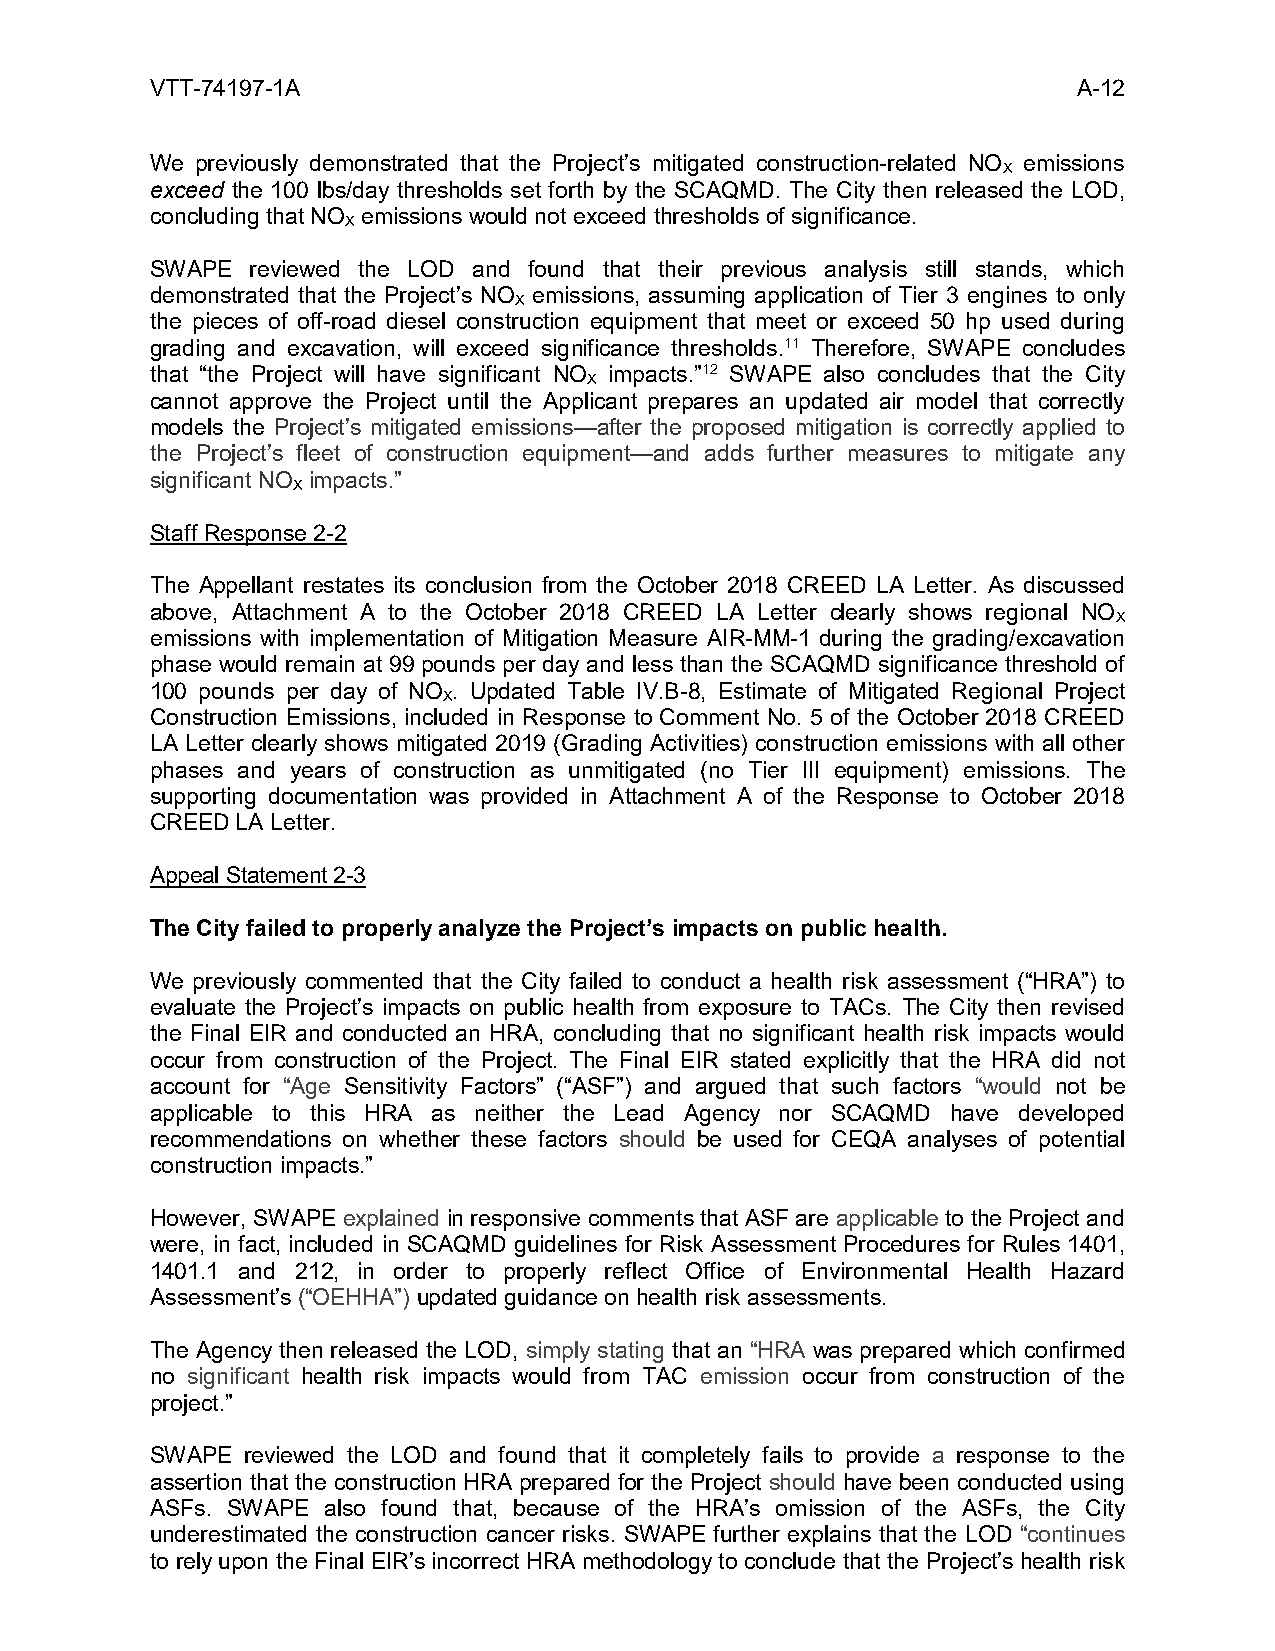
VTT-74197-1A                                                 A-12
 We previously demonstrated that the Project’s mitigated construction-related NO emissions
 X
 exceed the 100 lbs/day thresholds set forth by the SCAQMD. The City then released the LOD,
 concluding that NO emissions would not exceed thresholds of significance.
 X
 SWAPE  reviewed the LOD and found that their previous analysis still stands, which
 demonstrated that the Project’s NO emissions, assuming application of Tier 3 engines to only
 X
 the pieces of off-road diesel construction equipment that meet or exceed 50 hp used during
 grading and excavation, will exceed significance thresholds.11 Therefore, SWAPE concludes
 that “the Project will have significant NO impacts.”12 SWAPE also concludes that the City
 X
 cannot approve the Project until the Applicant prepares an updated air model that correctly
 models the Project’s mitigated emissions—after the proposed mitigation is correctly applied to
 the Project’s fleet of construction equipment—and adds further measures to mitigate any
 significant NO impacts.”
 X
 Staff Response 2-2
 The Appellant restates its conclusion from the October 2018 CREED LA Letter. As discussed
 above, Attachment A to the October 2018 CREED LA Letter clearly shows regional NO
 X
 emissions with implementation of Mitigation Measure AIR-MM-1 during the grading/excavation
 phase would remain at 99 pounds per day and less than the SCAQMD significance threshold of
 100 pounds per day of NO . Updated Table IV.B-8, Estimate of Mitigated Regional Project
 X
 Construction Emissions, included in Response to Comment No. 5 of the October 2018 CREED
 LA Letter clearly shows mitigated 2019 (Grading Activities) construction emissions with all other
 phases and years of construction as unmitigated (no Tier III equipment) emissions. The
 supporting documentation was provided in Attachment A of the Response to October 2018
 CREED LA Letter.
 Appeal Statement 2-3
 The City failed to properly analyze the Project’s impacts on public health.
 We previously commented that the City failed to conduct a health risk assessment (“HRA”) to
 evaluate the Project’s impacts on public health from exposure to TACs. The City then revised
 the Final EIR and conducted an HRA, concluding that no significant health risk impacts would
 occur from construction of the Project. The Final EIR stated explicitly that the HRA did not
 account for “Age Sensitivity Factors” (“ASF”) and argued that such factors “would not be
 applicable to this HRA as neither the Lead Agency nor SCAQMD have developed
 recommendations on whether these factors should be used for CEQA analyses of potential
 construction impacts.”
 However, SWAPE explained in responsive comments that ASF are applicable to the Project and
 were, in fact, included in SCAQMD guidelines for Risk Assessment Procedures for Rules 1401,
 1401.1 and 212, in order to properly reflect Office of Environmental Health Hazard
 Assessment’s (“OEHHA”) updated guidance on health risk assessments.
 The Agency then released the LOD, simply stating that an “HRA was prepared which confirmed
 no significant health risk impacts would from TAC emission occur from construction of the
 project.”
 SWAPE reviewed the LOD and found that it completely fails to provide a response to the
 assertion that the construction HRA prepared for the Project should have been conducted using
 ASFs. SWAPE also found that, because of the HRA’s omission of the ASFs, the City
 underestimated the construction cancer risks. SWAPE further explains that the LOD “continues
 to rely upon the Final EIR’s incorrect HRA methodology to conclude that the Project’s health risk